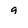
Character: 9